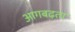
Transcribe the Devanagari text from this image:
आगबढ़ता